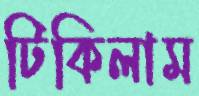
টিকিলাম